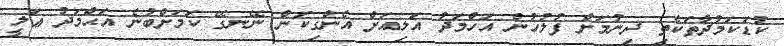
ކުޑަކަމުދާތަކެތި ދިނުމަށް ފުލުހުން އަހްމަދު އަލިއަށް އެންގިކަން ނޭނގޭ ކަމަށްބުނެ އަޙްމަދު ޢަލީ